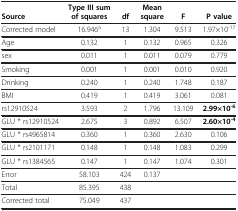
<table><thead><tr><td><b>Source</b></td><td><b>Type III sum of squares</b></td><td><b>df</b></td><td><b>Mean square</b></td><td><b>F</b></td><td><b>P value</b></td></tr></thead><tbody><tr><td>Corrected model</td><td>16.946<sup>a</sup></td><td>13</td><td>1.304</td><td>9.513</td><td>1.97×10<sup>-17</sup></td></tr><tr><td>Age</td><td>0.132</td><td>1</td><td>0.132</td><td>0.965</td><td>0.326</td></tr><tr><td>sex</td><td>0.011</td><td>1</td><td>0.011</td><td>0.079</td><td>0.779</td></tr><tr><td>Smoking</td><td>0.001</td><td>1</td><td>0.001</td><td>0.010</td><td>0.920</td></tr><tr><td>Drinking</td><td>0.240</td><td>1</td><td>0.240</td><td>1.748</td><td>0.187</td></tr><tr><td>BMI</td><td>0.419</td><td>1</td><td>0.419</td><td>3.061</td><td>0.081</td></tr><tr><td>rs12910524</td><td>3.593</td><td>2</td><td>1.796</td><td>13.109</td><td><b>2.99×10</b><sup><b>-6</b></sup></td></tr><tr><td>GLU * rs12910524</td><td>2.675</td><td>3</td><td>0.892</td><td>6.507</td><td><b>2.60×10</b><sup><b>-4</b></sup></td></tr><tr><td>GLU * rs4965814</td><td>0.360</td><td>1</td><td>0.360</td><td>2.630</td><td>0.106</td></tr><tr><td>GLU * rs2101171</td><td>0.148</td><td>1</td><td>0.148</td><td>1.083</td><td>0.299</td></tr><tr><td>GLU * rs1384565</td><td>0.147</td><td>1</td><td>0.147</td><td>1.074</td><td>0.301</td></tr><tr><td>Error</td><td>58.103</td><td>424</td><td>0.137</td><td> </td><td> </td></tr><tr><td>Total</td><td>85.395</td><td>438</td><td> </td><td> </td><td> </td></tr><tr><td>Corrected total</td><td>75.049</td><td>437</td><td> </td><td> </td><td> </td></tr></tbody></table>